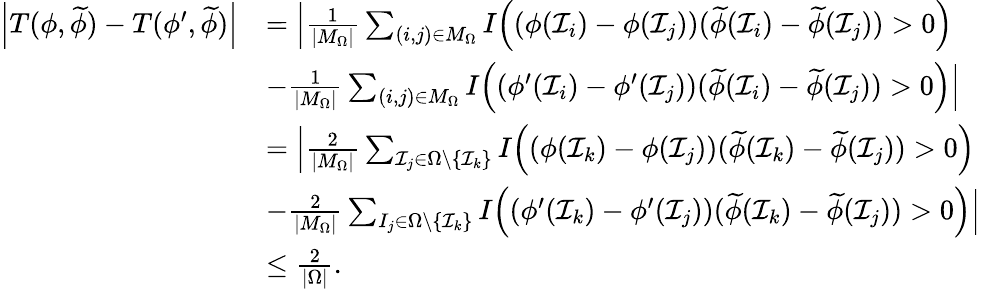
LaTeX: \begin{array}{rl}{\Big|T(\phi,\widetilde{\phi})-T(\phi^{\prime},\widetilde{\phi})\Big|}&{=\Big|\frac{1}{|M_{\Omega}|}\sum_{(i,j)\in M_{\Omega}}I\Big((\phi(\mathcal{I}_{i})-\phi(\mathcal{I}_{j}))(\widetilde{\phi}(\mathcal{I}_{i})-\widetilde{\phi}(\mathcal{I}_{j}))>0\Big)}\\ &{-\frac{1}{|M_{\Omega}|}\sum_{(i,j)\in M_{\Omega}}I\Big((\phi^{\prime}(\mathcal{I}_{i})-\phi^{\prime}(\mathcal{I}_{j}))(\widetilde{\phi}(\mathcal{I}_{i})-\widetilde{\phi}(\mathcal{I}_{j}))>0\Big)\Big|}\\ &{=\Big|\frac{2}{|M_{\Omega}|}\sum_{\mathcal{I}_{j}\in\Omega\setminus\{ \mathcal{I}_{k}\} }I\Big((\phi(\mathcal{I}_{k})-\phi(\mathcal{I}_{j}))(\widetilde{\phi}(\mathcal{I}_{k})-\widetilde{\phi}(\mathcal{I}_{j}))>0\Big)}\\ &{-\frac{2}{|M_{\Omega}|}\sum_{I_{j}\in\Omega\setminus\{ \mathcal{I}_{k}\} }I\Big((\phi^{\prime}(\mathcal{I}_{k})-\phi^{\prime}(\mathcal{I}_{j}))(\widetilde{\phi}(\mathcal{I}_{k})-\widetilde{\phi}(\mathcal{I}_{j}))>0\Big)\Big|}\\ &{\leq\frac{2}{|\Omega|}.}\end{array}